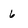
Character: 6